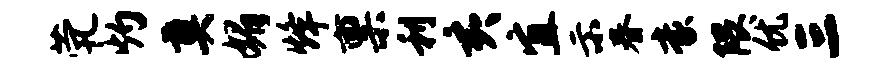
茕灼奠媚烽禀利亥宜示春豪隈优三